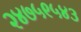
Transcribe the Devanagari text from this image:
२४७५९५४३